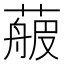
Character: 𦻉